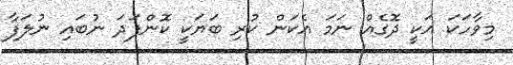
މިވާހަކަ އަކީ ދޮގެއް ނަމަ އެކަން ކުރި ބަޔަކީ ކޮންފަދަ ނުބައި ނުލަފާ